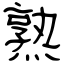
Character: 熟